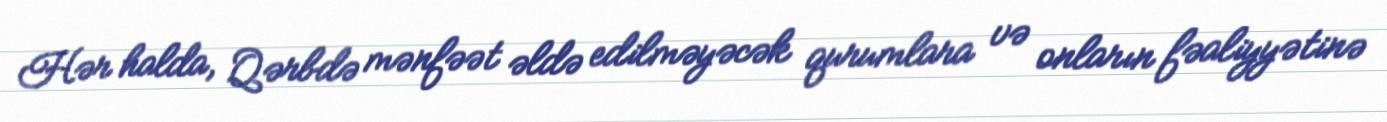
Hər halda, Qərbdə mənfəət əldə edilməyəcək qurumlara və onların fəaliyyətinə